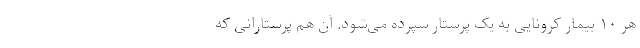
هر ۱۰ بیمار کرونایی به یک پرستار سپرده می‌شود. آن هم پرستارانی که